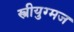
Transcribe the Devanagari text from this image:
स्त्रीयुग्मज